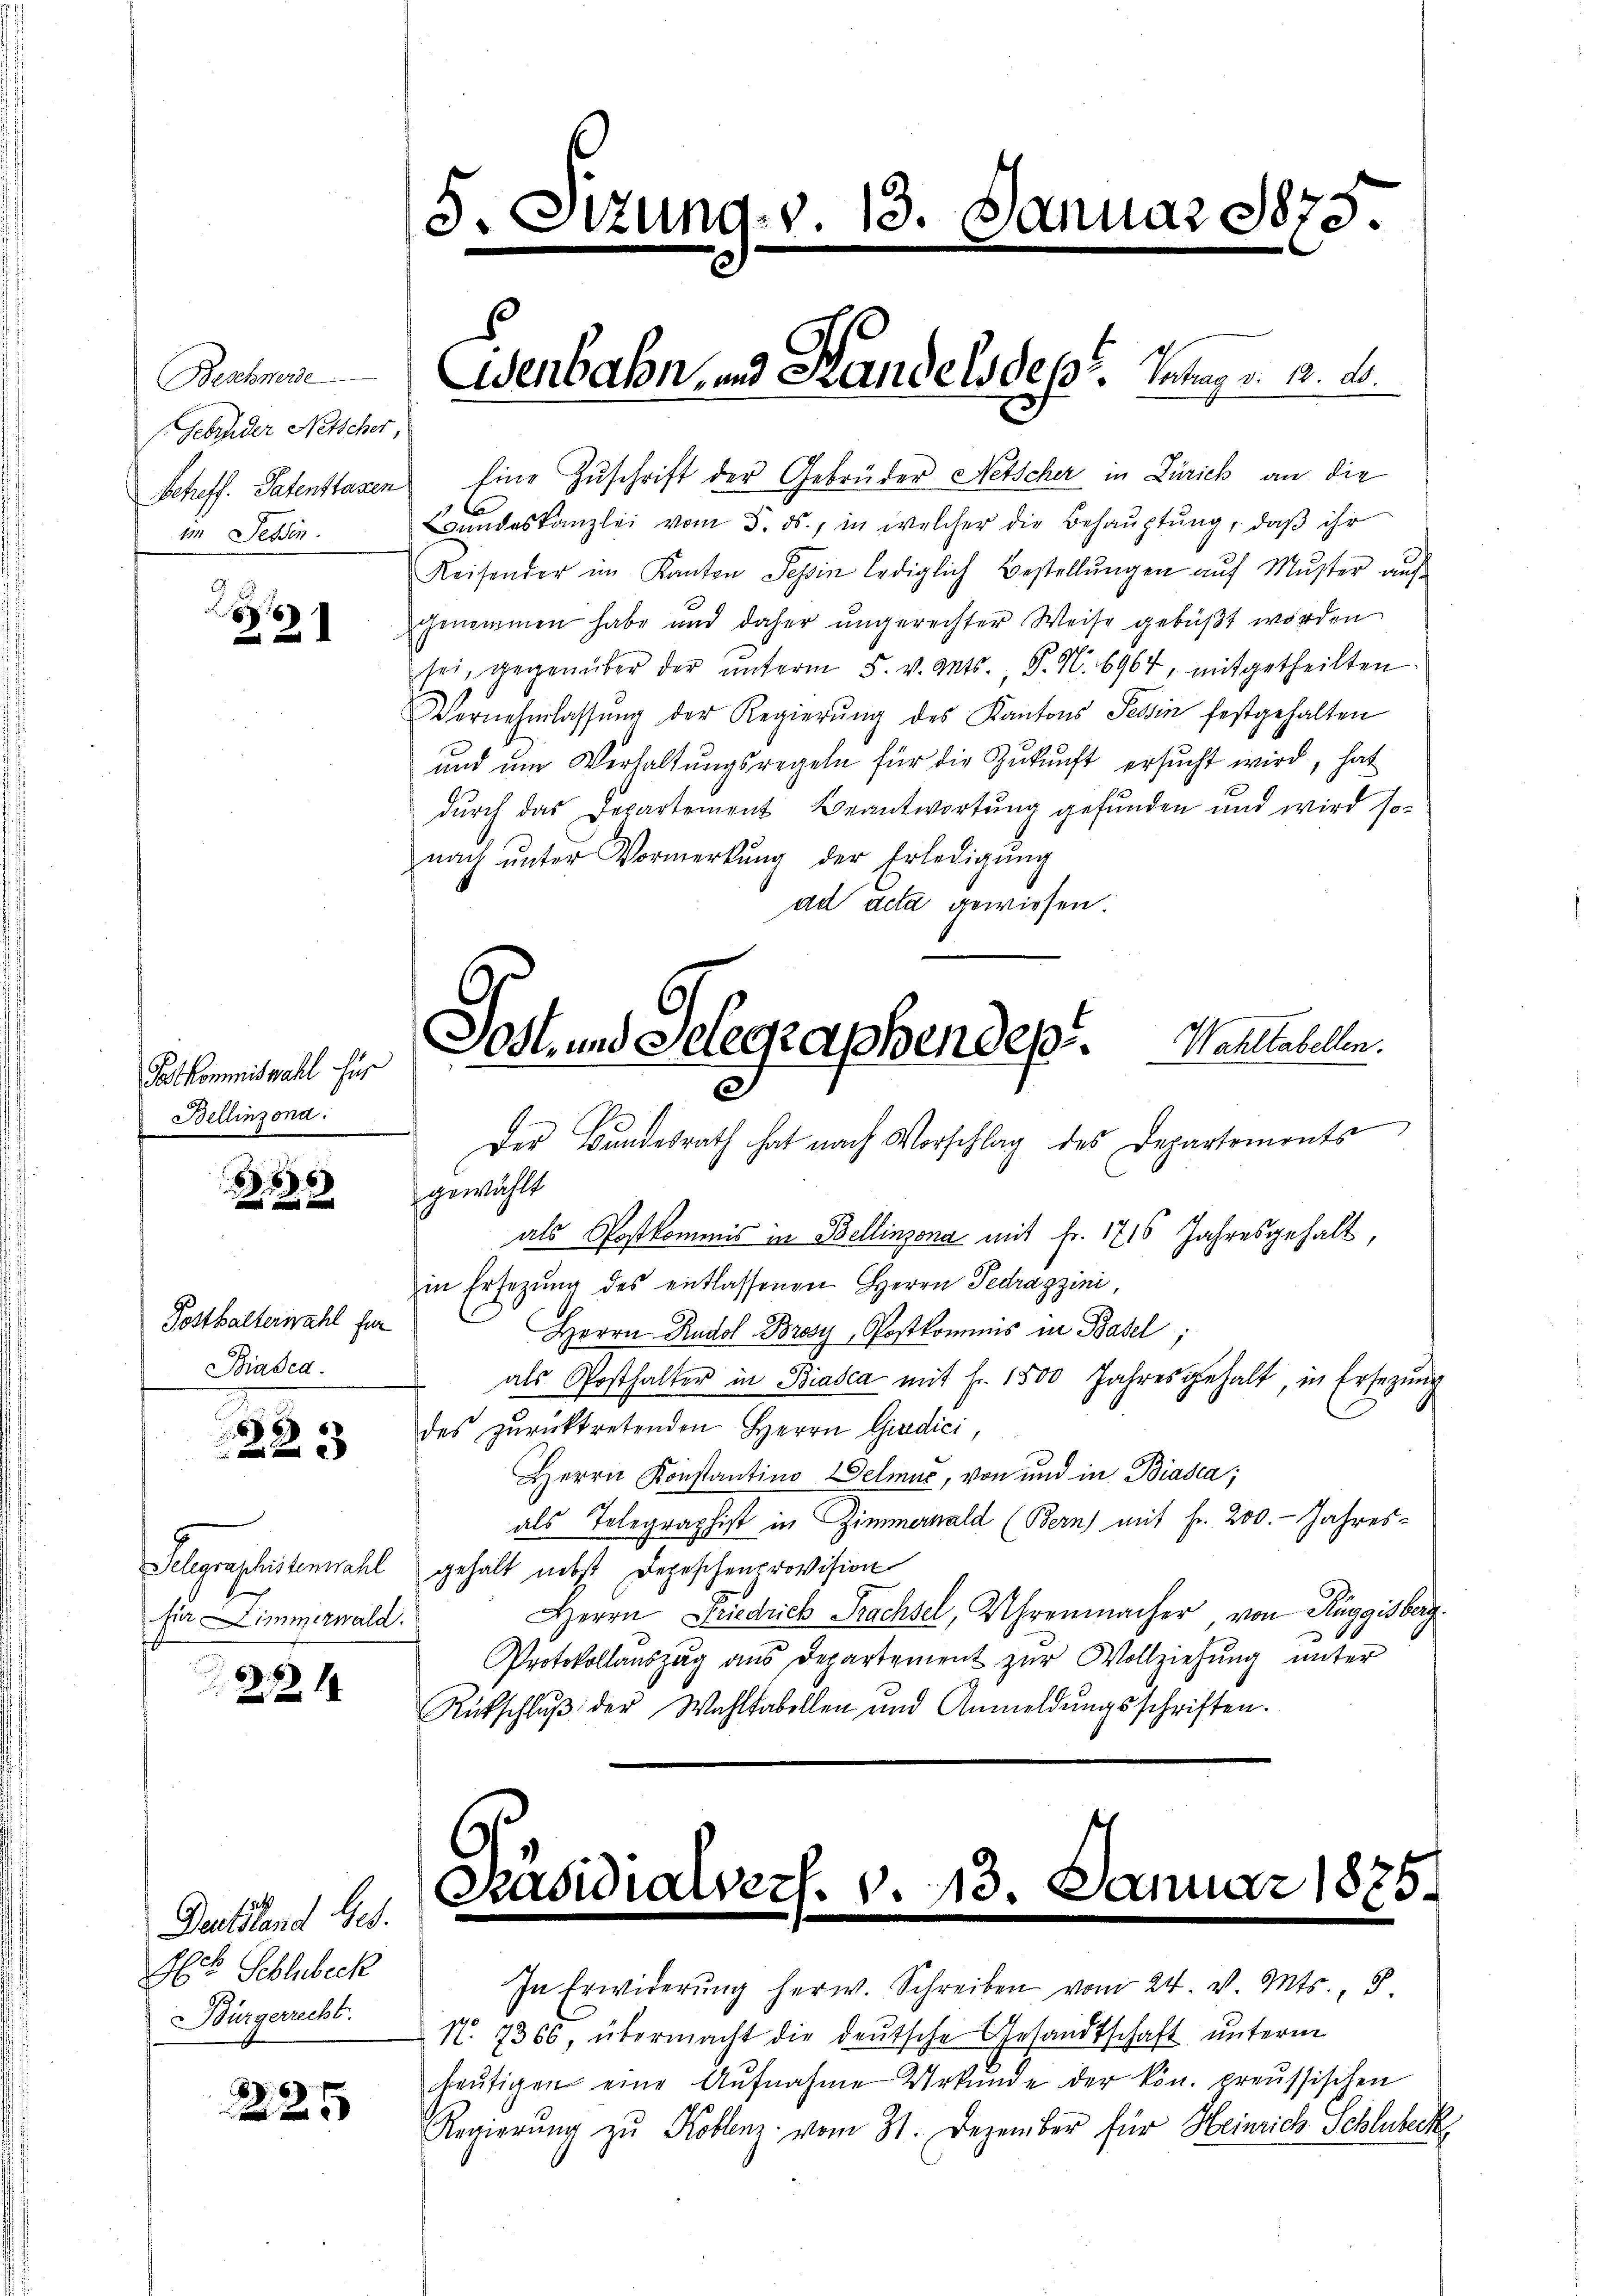
Beschwerde
(Gebrüder Netscher,
im Tessin.

2
22

Postkommiswahl für
Bellinzona.

6

Posthalterwahl für
Biasca.

223

für immerwald.

214.

225

Deitsland Ges.
Hr. Schlubeck
Bürgerrecht.

5. Sitzung v. 13. Januar 1875.

Scheff. Patentlassen Eine Zuschrift der Gebrüder Netscher in Zürich an die
E
Bundeskanzlei vom 5. ds., in welcher die Behauptung, daß ihr
Reisender im Kanton Tessin lediglich Bestellŭngen aŭf Mŭster auf
genommen habe und daher ungerechter Weise gebüßt worden
sei, gegenüber der ŭnterm 5. v. Mts., P. N. 6964, mitgetheilten
Vernehmlassŭng der Regierŭng des Kantons Tessin festgehalten
ŭnd ŭm Verhaltŭngsregeln für die Zŭkŭnft ersŭcht wird, hat
durch das Departement Beantwortung gefunden und wird sonach ŭnter Vormerkŭng der Erledigŭng
ad acta gewiesen.

Wenbahn, und Sandels des Intrag v. 12. d.

Soll und Gelegraphendes. Wahltabellen.

Der Bundesrath hat nach Vorschlag des Departements
gewählt
als Postkommis in Bellinzona mit Fr. 1716 Jahresgehalt
in Ersezung des entlassenen Herrn Pedragzini,
Herrn Rudol- Brosy, Postkommis in Basel;
als Posthalter in Biasca mit Fr. 1500 Jahresgehalt, in Ersetzŭng
des zurücktretenden Herrn Giudici
Herrn Konstantino Delmuc, von und in Biasca;
als Telegraphist in Zimmernald (Bern) mit Fr. 200. Jahres-
Selegraphistenwahl gehalt nebst Depeschenprovision
Herrn Friedrich Prachsel, Uhrenmacher von Rüggisberg.
Protokollauszug aus Departement zŭr Vollziehung unter
Rückschlŭβ der Wahltabellen und Anmeldŭngsschriften.

Präsidialvers. v. 13. Januar 1885.

In Erwiderŭng herw. Schreiben vom 24. v. Mts., 8
N. 7366, übermacht die deutsche Gesandtschaft unterm
heŭtigen eine Aufnahme Urkunde der kön. preussischen
Regierung zu Koblenz vom 31. Dezember für Heinrich Schlubeck